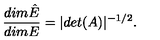
\frac { d i m \hat { E } } { d i m E } = | d e t ( A ) | ^ { - 1 / 2 } .